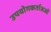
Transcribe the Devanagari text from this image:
उपयोगकर्ताअओं